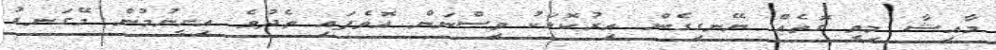
މާއިޝާ މިވީ ގޮތެއް ނޭނގިގެން އިރުކޮޅަކު ވިސްނަން އޮވެފައި ތެދުވެ އިށީނުމުން މޭގަނޑު